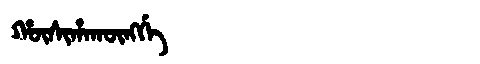
Manchu: ᡥᡡᠰᡳᡥᠠᡴᡡᠩᡤᡝ
Romanization: HŪSIHAKŪNGGE